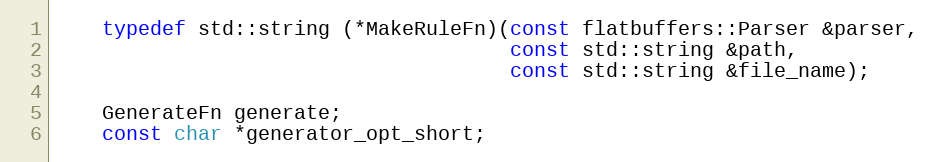
Language: C
    typedef std::string (*MakeRuleFn)(const flatbuffers::Parser &parser,
                                      const std::string &path,
                                      const std::string &file_name);

    GenerateFn generate;
    const char *generator_opt_short;